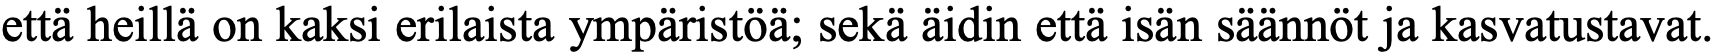
että heillä on kaksi erilaista ympäristöä; sekä äidin että isän säännöt ja kasvatustavat.